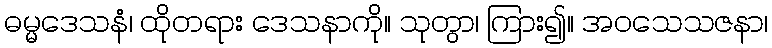
ဓမ္မဒေသနံ၊ ထိုတရား ဒေသနာကို။ သုတွာ၊ ကြား၍။ အဝသေသဇနာ၊